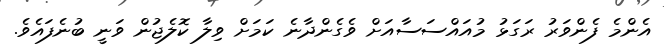
އެންމެ ފެންވަރު ރަގަޅު މުއައްސަސާއަށް ވެގެންދާނެ ކަމަށް ވިލާ ކޮލެޖުން ވަނީ ބުނެފައެވެ.